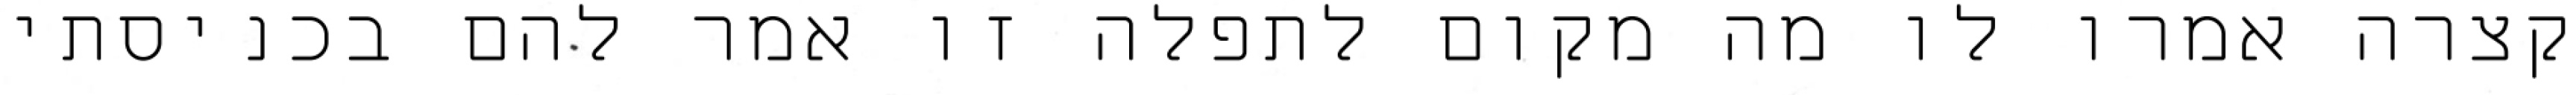
קצרה אמרו לו מה מקום לתפלה זו אמר להם בכניסתי